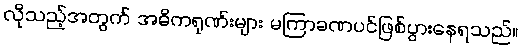
လိုသည့်အတွက် အဓိကရုဏ်းများ မကြာခဏပင်ဖြစ်ပွားနေရသည်။